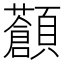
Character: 𩕹